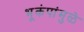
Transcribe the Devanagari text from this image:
भूकंपांमुळे